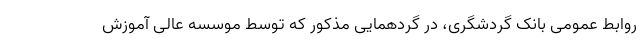
روابط عمومی بانک گردشگری، در گردهمایی مذکور که توسط موسسه عالی آموزش